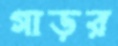
গাড়র